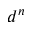
d ^ { n }